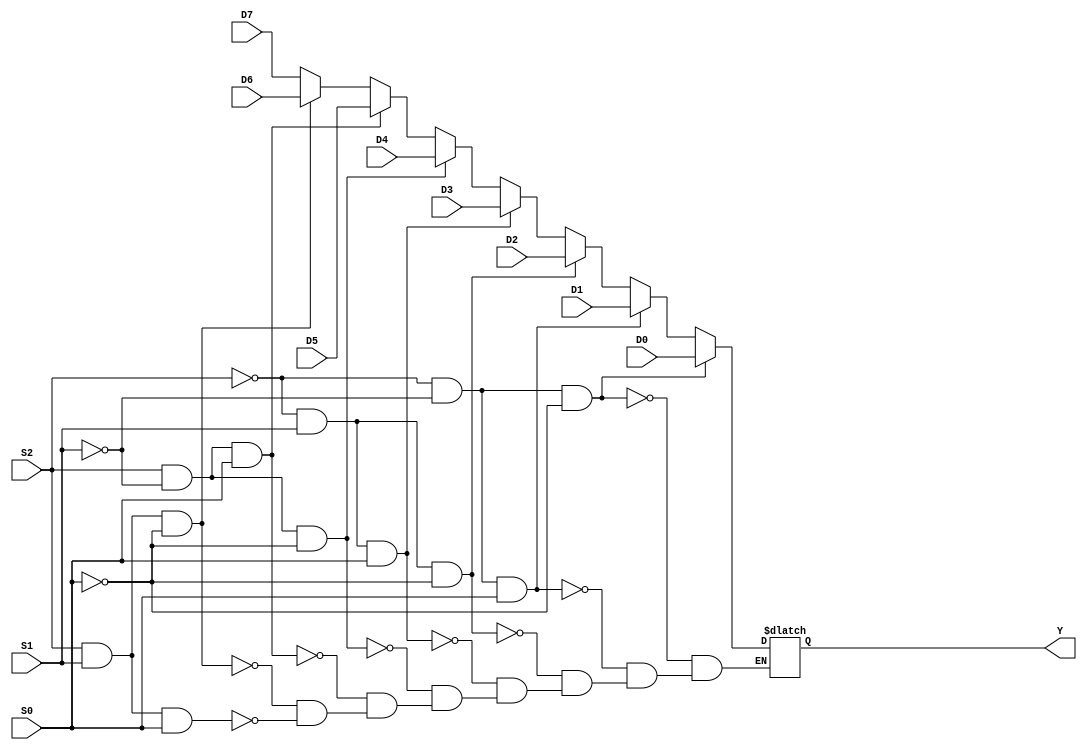
`timescale 1ns / 1ps
//////////////////////////////////////////////////////////////////////////////////
// Company: 
// Engineer: 
// 
// Design Name: 
// Module Name:    Mux8 
// Project Name: 
// Target Devices: 
// Tool versions: 
// Description: 
//
// Dependencies: 
//
// Revision: 
// Revision 0.01 - File Created
// Additional Comments: 
//
//////////////////////////////////////////////////////////////////////////////////
module Mux8(D7,D6,D5,D4,D3,D2,D1,D0,S2,S1,S0,Y);

	input D7,D6,D5,D4,D3,D2,D1,D0;
	input S2,S1,S0;
	output Y;
	reg Y;
	
	always @* begin
		if(S2==0 && S1==0 && S0==0)
			Y<=D0;
		else if(S2==0 && S1==0 && S0==1)
			Y<=D1;
		else if(S2==0 && S1==1 && S0==0)
			Y<=D2;
		else if(S2==0 && S1==1 && S0==1)
			Y<=D3;
		else if(S2==1 && S1==0 && S0==0)
			Y<=D4;
		else if(S2==1 && S1==0 && S0==1)
			Y<=D5;
		else if(S2==1 && S1==1 && S0==0)
			Y<=D6;
		else if(S2==1 && S1==1 && S0==1)
			Y<=D7;
		end

endmodule